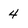
Character: 4